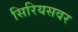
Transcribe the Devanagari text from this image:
सिरियसवर